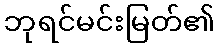
ဘုရင်မင်းမြတ်၏